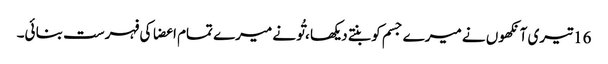
16 تیری آنکھوں نے میرے جسم کو بنتے دیکھا ، تُو نے میرے تمام اعضا کی فہرست بنا ئی۔